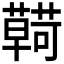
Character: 𮒠